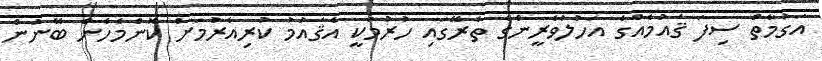
އަގުމާތް ސިފަ ޤައުމެއްގެ އަހުލުވެރީންގެ ތެރޭގައި ހުރުމަކީ އެޤައުމު ކުރިއެރުމަށް ކޮންމެހެން ބޭނުން